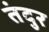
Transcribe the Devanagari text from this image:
तंदुर